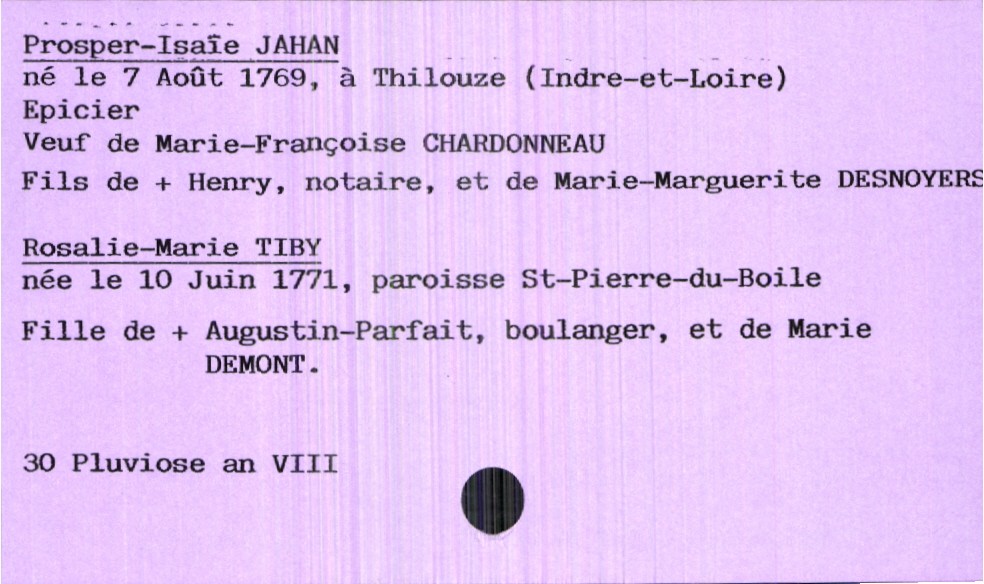
type_acte: Mariage
année: an VIII
mois: pluviose
jour: 30
marié_nom: Jahan
marié_prénom: Prosper-Isaïe
marié_profession: épicier
marié_date_de_naissance: 7 août 1769
marié_lieu_de_naissance: Thilouze (Indre-et-Loire)
marié_statut: veuf
père_marié_nom: Jahan
père_marié_prénom: Henry
père_marié_profession: notaire
père_marié_statut: décédé
mère_marié_nom: Desnoyers
mère_marié_prénom: Marie-Marguerite
mariée_nom: Tiby
mariée_prénom: Rosalie-Marie
mariée_date_de_naissance: 10 juin 1771
mariée_lieu_de_naissance: paroisse Saint-Pierre-du-Boile
père_mariée_nom: Tiby
père_mariée_prénom: Augustin-Parfait
père_mariée_profession: boulanger
père_mariée_statut: décédé
mère_mariée_nom: Demont
mère_mariée_prénom: Marie